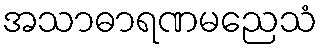
အသာဓာရဏမညေသံ